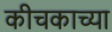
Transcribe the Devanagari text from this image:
कीचकाच्या